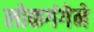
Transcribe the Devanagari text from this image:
लोकगंगेने